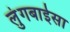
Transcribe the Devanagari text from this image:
लुंगबाईसा